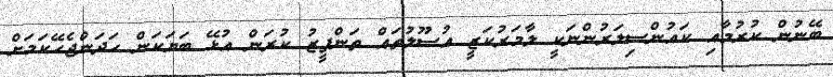
ބޭނުން ކުރުމާއި ކައުންސިލަރުންނަކީ ލާމަރުކަޒީ އުސޫލުތައް ތަންފީޒު ކުރަން އުޅޭ ބަޔަކަން ހަދަންޖެހޭކަމަށް